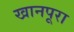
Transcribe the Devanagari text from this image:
खानपूरा